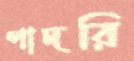
পাদরি